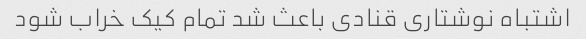
اشتباه نوشتاری قنادی باعث شد تمام کیک خراب شود